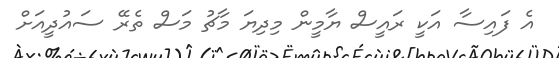
އެ ފައިސާ އަކީ ރައީސް ޔާމީން މިދިޔަ މާޗު މަސް ތެރޭ ސައުދީއަށް